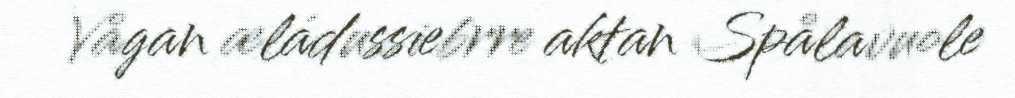
Vågan æládussiebrre aktan Spålavuole